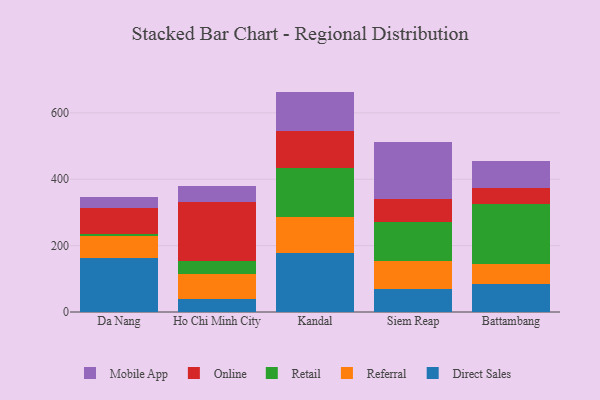
{"axis": {"x": "City", "y": "Customer Acquisition Cost (USD)"}, "legend": ["Direct Sales", "Mobile App", "Online", "Referral", "Retail"], "data": [{"x": "Da Nang", "y": 163.5, "type": "Direct Sales"}, {"x": "Da Nang", "y": 64.2, "type": "Referral"}, {"x": "Da Nang", "y": 8.1, "type": "Retail"}, {"x": "Da Nang", "y": 77.8, "type": "Online"}, {"x": "Da Nang", "y": 31.8, "type": "Mobile App"}, {"x": "Ho Chi Minh City", "y": 39.6, "type": "Direct Sales"}, {"x": "Ho Chi Minh City", "y": 75.2, "type": "Referral"}, {"x": "Ho Chi Minh City", "y": 40.0, "type": "Retail"}, {"x": "Ho Chi Minh City", "y": 176.4, "type": "Online"}, {"x": "Ho Chi Minh City", "y": 47.1, "type": "Mobile App"}, {"x": "Kandal", "y": 177.1, "type": "Direct Sales"}, {"x": "Kandal", "y": 108.8, "type": "Referral"}, {"x": "Kandal", "y": 149.2, "type": "Retail"}, {"x": "Kandal", "y": 109.0, "type": "Online"}, {"x": "Kandal", "y": 120.2, "type": "Mobile App"}, {"x": "Siem Reap", "y": 68.5, "type": "Direct Sales"}, {"x": "Siem Reap", "y": 84.7, "type": "Referral"}, {"x": "Siem Reap", "y": 117.1, "type": "Retail"}, {"x": "Siem Reap", "y": 69.3, "type": "Online"}, {"x": "Siem Reap", "y": 172.7, "type": "Mobile App"}, {"x": "Battambang", "y": 83.7, "type": "Direct Sales"}, {"x": "Battambang", "y": 62.3, "type": "Referral"}, {"x": "Battambang", "y": 178.6, "type": "Retail"}, {"x": "Battambang", "y": 50.2, "type": "Online"}, {"x": "Battambang", "y": 81.1, "type": "Mobile App"}]}